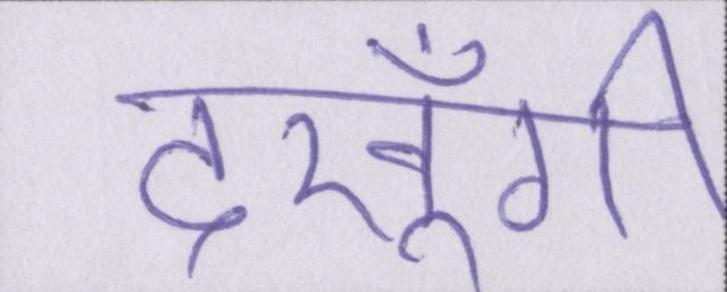
देखूँगी